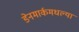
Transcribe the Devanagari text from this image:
डेनमार्कमधल्या